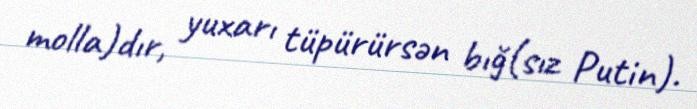
molla)dır, yuxarı tüpürürsən bığ(sız Putin).